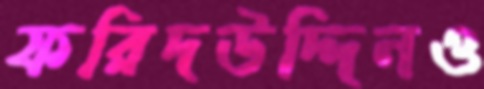
ফরিদউদ্দিনও